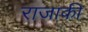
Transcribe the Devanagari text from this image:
राजाकी